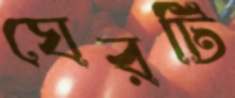
ঘেরটি